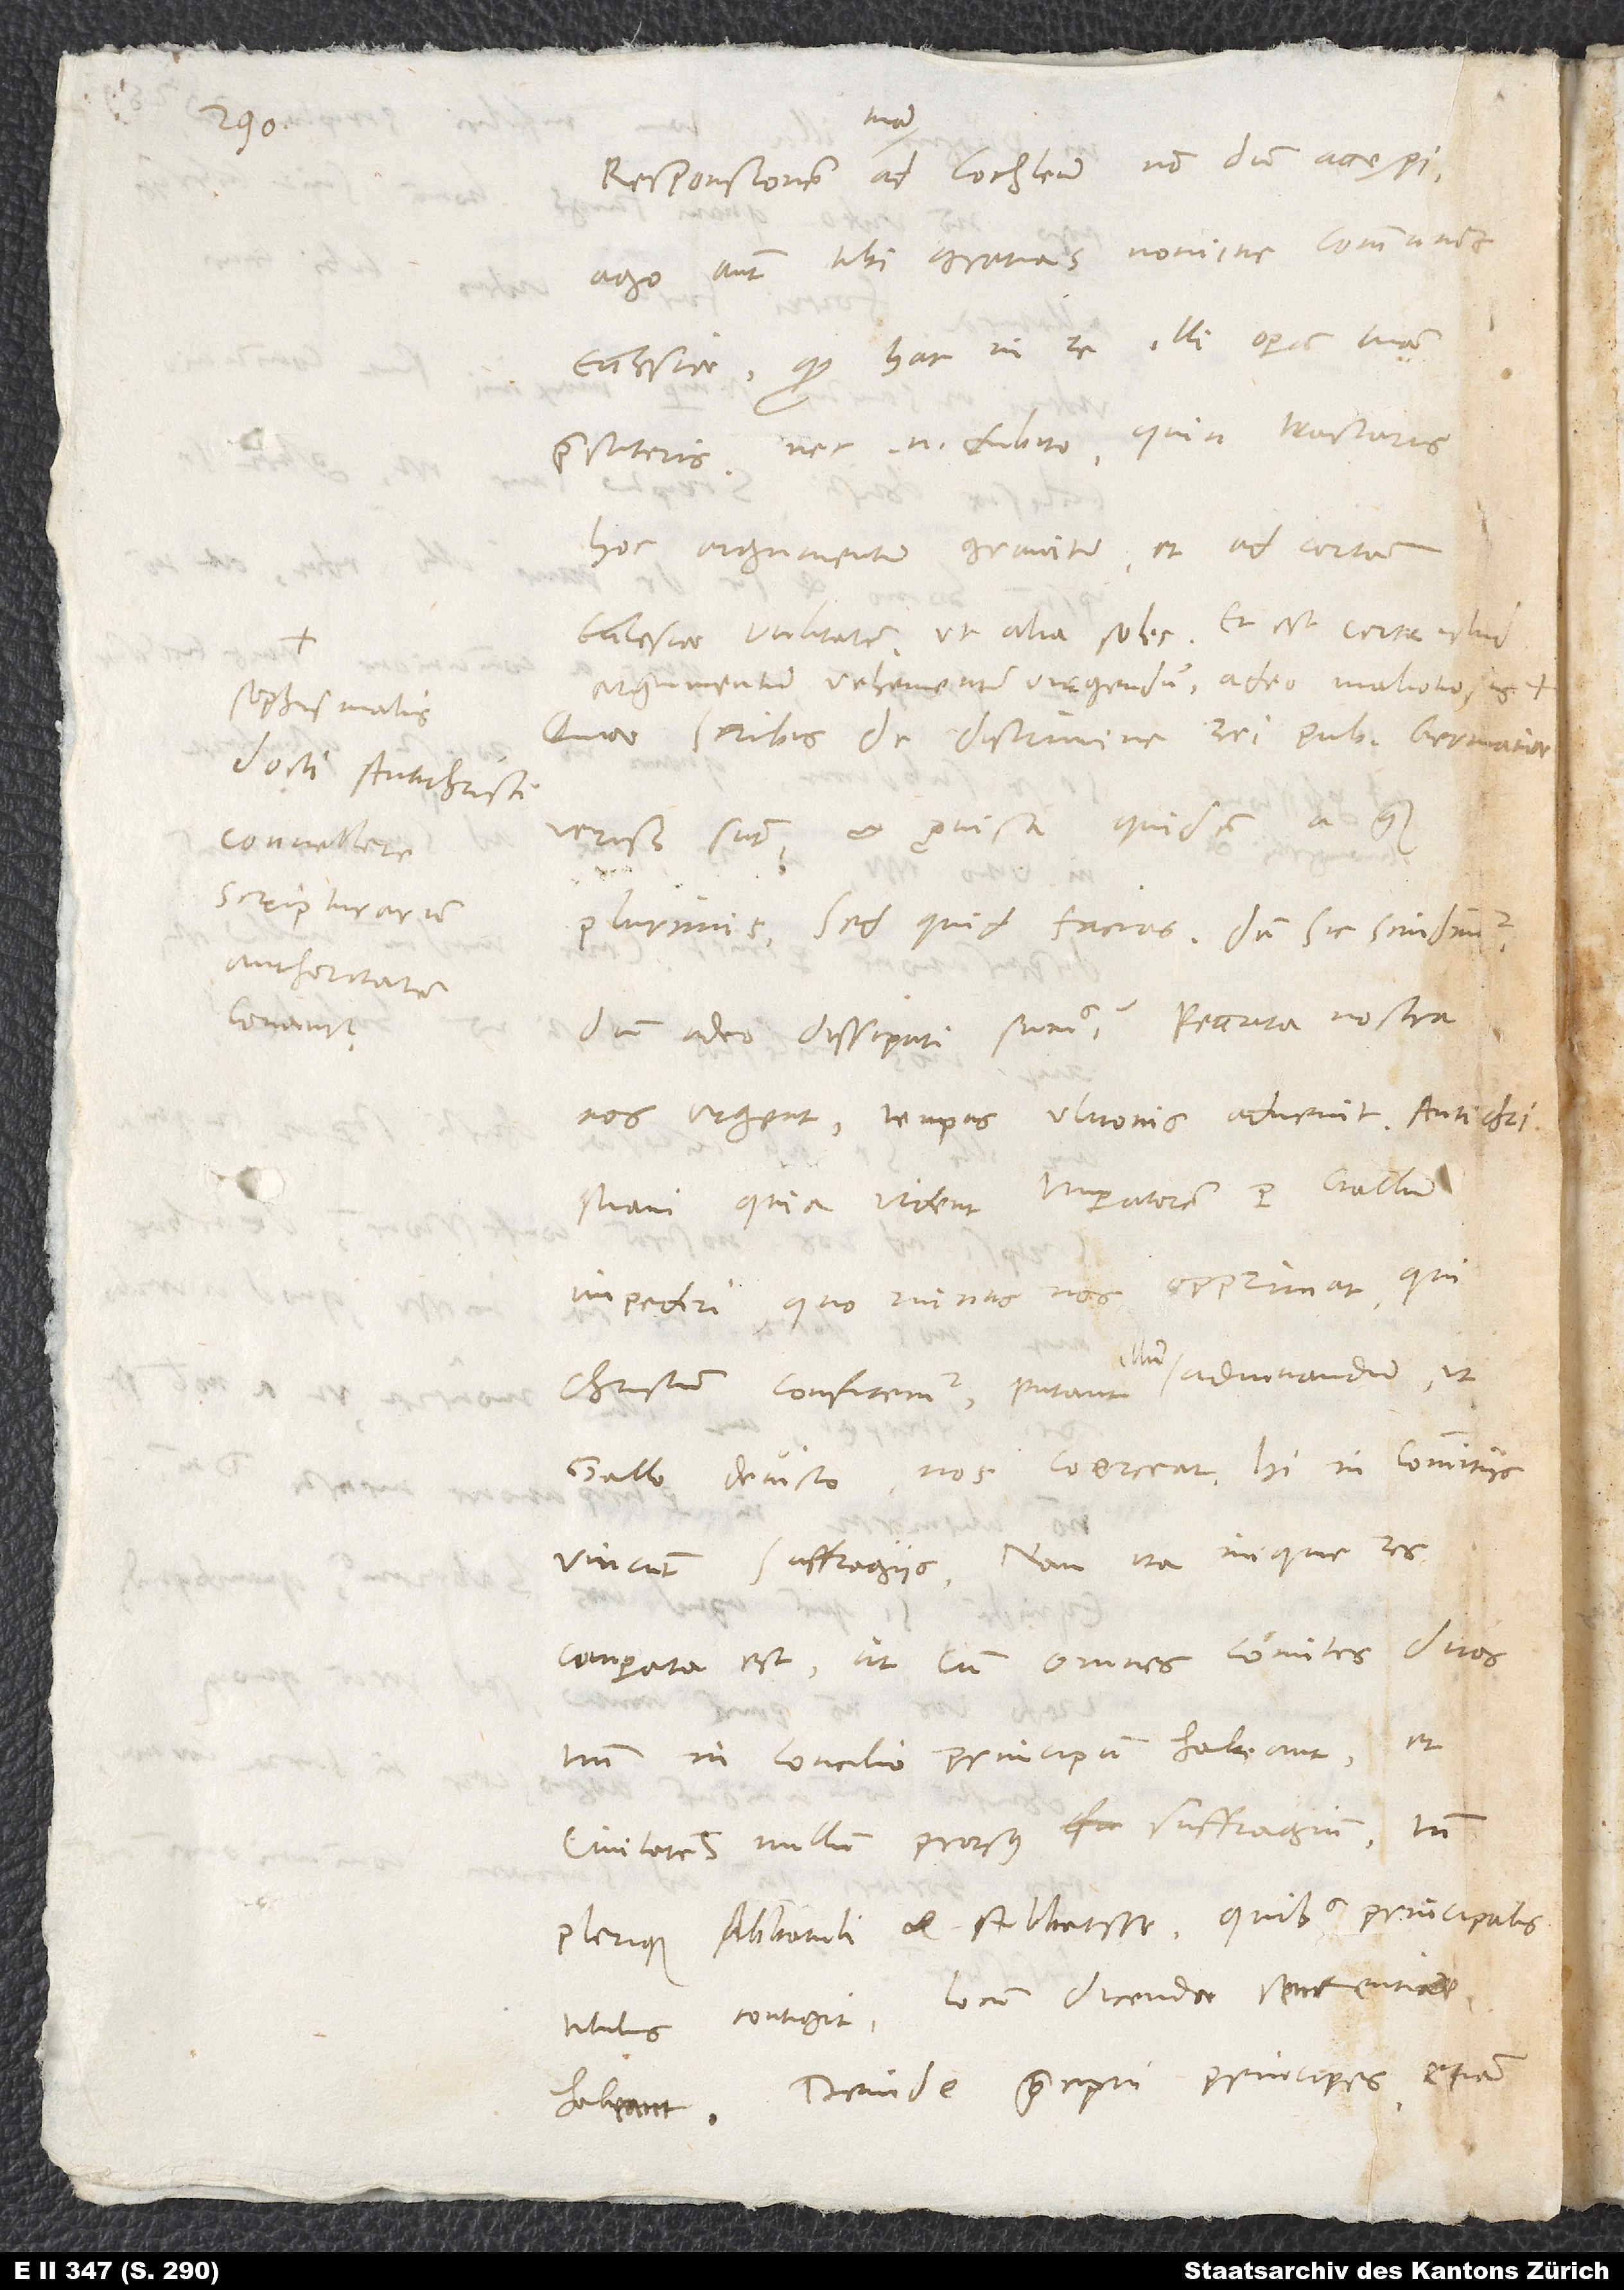
sophismatis
docti antichristi
convellere
scripturarum
authoritatem

Ago autem tibi gratias nomine communis
ecclesiae, quod hac in re illi operam tuam
hoc argumentum graviter et ad certam
ecclesiae utilitatem, ut alia soles. Et est certe istud
argumentum vehementer urgendum, adeo malitiosis
Quae scribis de discrimine rei publicae Germaniae,
verissima sunt et provisa quidem a quam
plurimis. Sed quid facias, dum sic scindimur,
dum adeo dissipati sumus? Peccata nostra
eos urgent; tempus ultionis advenit. Antichristiani
quia vident imperatorem per Gallum
impediri, quo minus nos opprimat, qui
Christum confitemur, putant illum adiuvandum, ut
Gallo devicto nos coerceat. Hi in commitiis
vincunt suffragiis; nam ita inique res
comparata est, ut, cum omnes comites duos
in concilio principum habeant,
civitates nullum prorsus suffragium, tamen
plerique abbatuli et abbatisse, quibus principalis
titulus contigit, locum dicendae sententiae
habeant. Deinde praecipui principes etiam